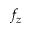
f _ { z }